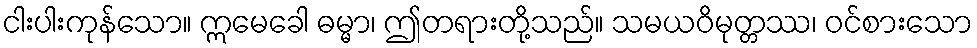
ငါးပါးကုန်သော။ ဣမေခေါ ဓမ္မာ၊ ဤတရားတို့သည်။ သမယဝိမုတ္တဿ၊ ဝင်စားသော